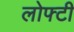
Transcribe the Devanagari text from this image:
लोफ्टी